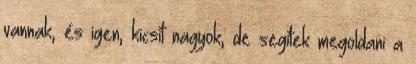
vannak, és igen, kicsit nagyok, de segítek megoldani a